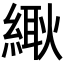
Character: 𦃸